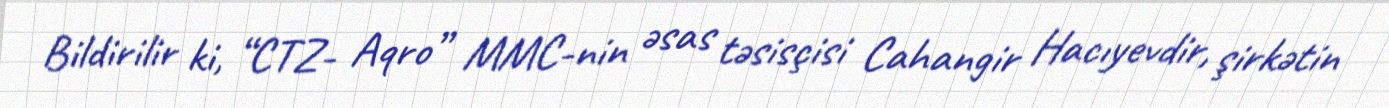
Bildirilir ki, “CTZ- Aqro” MMC-nin əsas təsisçisi Cahangir Hacıyevdir, şirkətin